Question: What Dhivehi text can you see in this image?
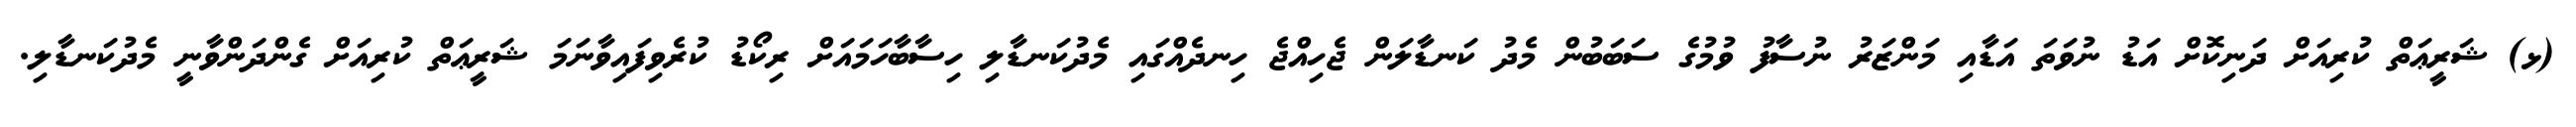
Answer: (ޅ) ޝަރީޢަތް ކުރިއަށް ދަނިކޮށް އަޑު ނުވަތަ އަޑާއި މަންޒަރު ނުސާފު ވުމުގެ ސަބަބުން މެދު ކަނޑާލަން ޖެހިއްޖެ ހިނދެއްގައި މެދުކަނޑާލި ހިސާބާހަމައަށް ރިކޯޑު ކުރެވިފައިވާނަމަ ޝަރީޢަތް ކުރިއަށް ގެންދަންވާނީ މެދުކަނޑާލި.